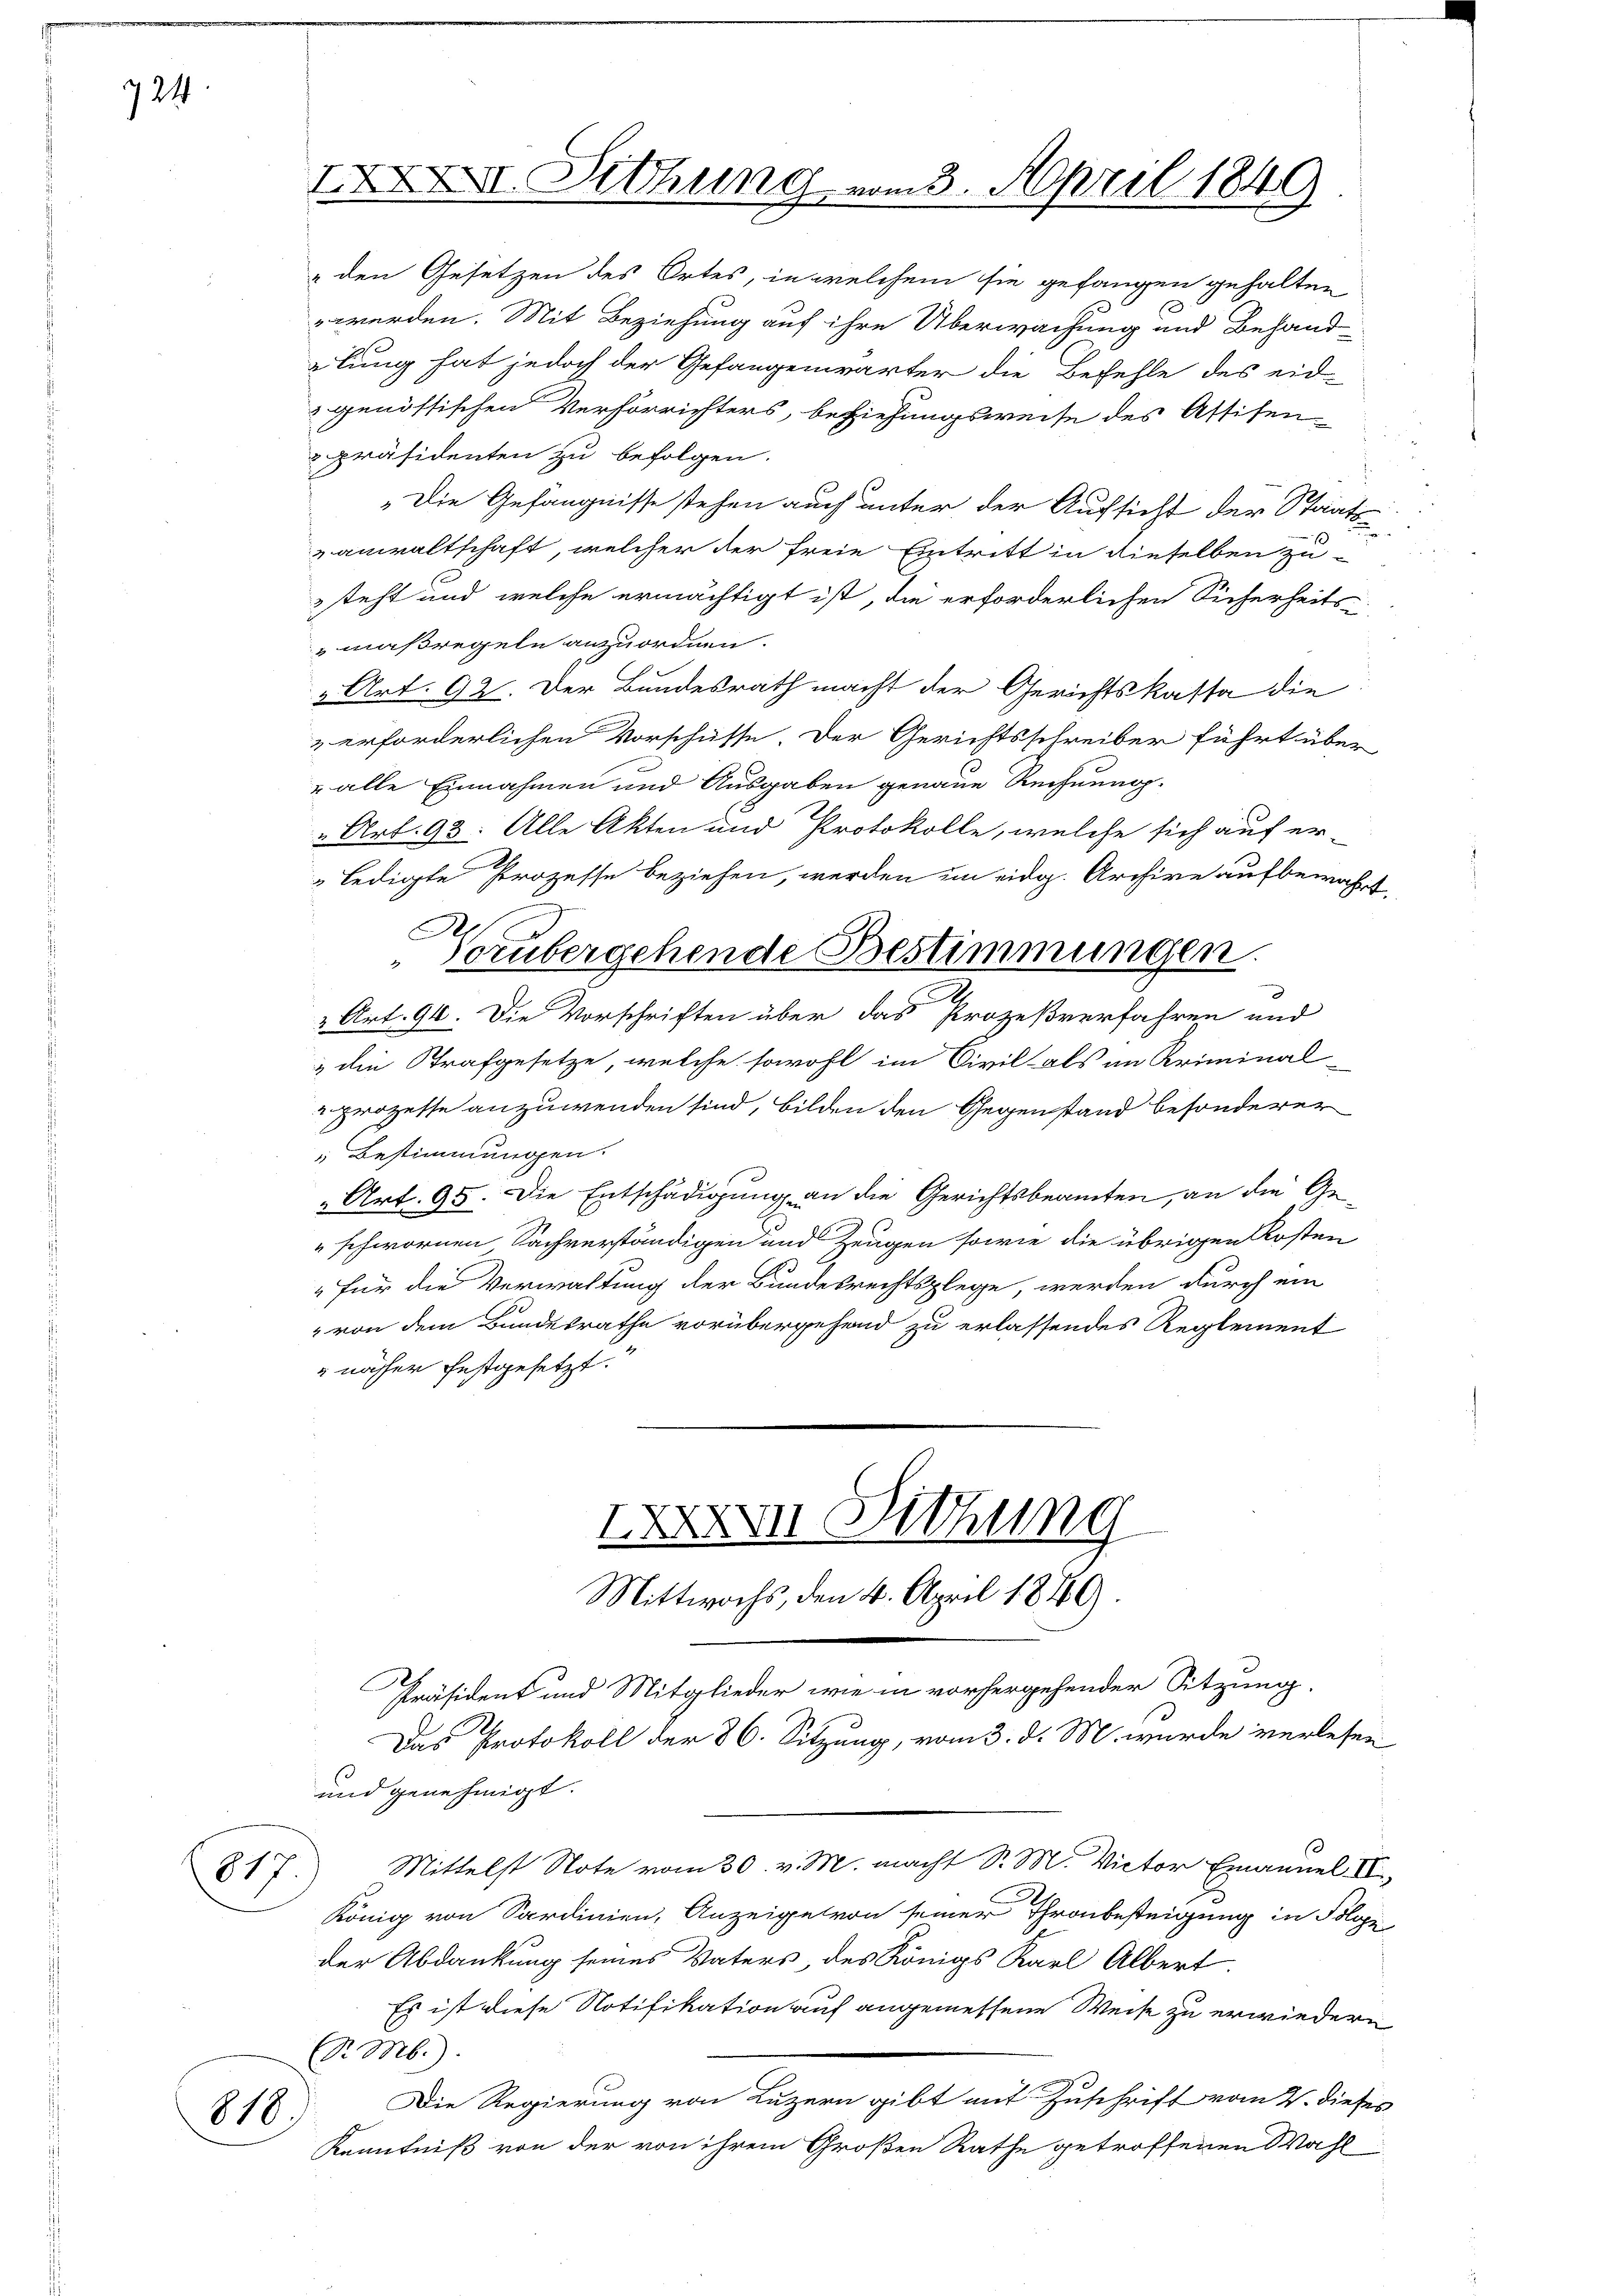
724

präsidenten zu befolgen.

817.

818

XII. Diehung vom 3. April 1849

" den Gesetzen des Ortes, in welchem sie gefangen gehalten
werden. Mit Beziehung auf ihre Überwachung und Behand-
elung hat jedoch der Gefangenwärter die Befehle des eid-
genössischen Verhörrichters, beziehungsweise des Astifen
„Die Gefängnisse stehen auch unter der Aufsicht der Staats-
anwaltschaft, welcher der freie Eintritt in dieselben zu-
steht und welche ermächtigt ist, die erforderlichen Sicherheits-
maßregeln anzuordnen.
2 Art. 92. Der Bundesrath macht der Gerichtskassa die
& erforderlichen Vorschüsse. Der Gerichtsschreiber führt über
 alle Einnahmen und Ausgaben genaue Rechnung.
„Art. 93. Alle Akten und Protokolle, welche sich auf er-
ledigte Prozesse beziehen, werden im eidg. Archive aufbewahrt.
A
2 Art. 94. Die Vorschriften über das Prozeßverfahren und
& die Strafgesetze, welche sowohl im Civil als an Kriminal-
"prozesse anzuwenden sind, bilden den Gegenstand besonderer
 Bestimmungen.
" Art. 95. Die Entschädigung an die Gerichtsbeamten, an die Ge¬
" schwornen Sachverständigen und Zeugen sowie die übrigen Kosten
" für die Verwaltung der Bundesrechtsplege, werden durch ein
" von dem Bundesrathe vorübergehend zu erlassendes Reglement
 näher festgesetzt.
XXXVII Dithung
Mittwochs, den 4. April 1849.
Präsident und Mitglieder wie in vorhergehender Sitzung
Das Protokoll der 86. Sitzung, vom 3. d. M. wurde verlesen
und genehmigt.
Mittelst Note vom 30. v. M. macht S. M. Victor Emanuel II
König von Sardinien, Anzeige von seiner Thronbesteigung in Poliz
der Abdankung seines Vaters, des Königs Karl Albert.
Es ist diese Notifikation auf angemessene Weise zu erwiedern
Sr. M.)
Die Regierung von Luzern gibt mit Zuschrift vom 2. dieses
Kenntniß von der von ihrem Großen Rathe getroffenen Wahl

Vorübergehende Bestimmungen.